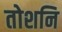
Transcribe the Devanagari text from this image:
तोशनि